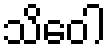
သိဝေါ